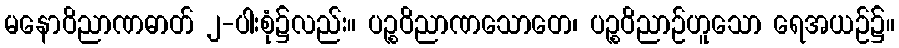
မနောဝိညာဏဓာတ် ၂-ပါးစုံ၌လည်း။ ပဉ္စဝိညာဏသောတေ၊ ပဉ္စဝိညာဉ်ဟူသော ရေအယဉ်၌။